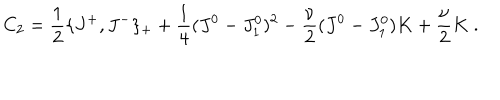
LaTeX: C _ { 2 } = { \frac { 1 } { 2 } } \{ J ^ { + } , J ^ { - } \} _ { + } + { \frac { 1 } { 4 } } ( J ^ { 0 } - J _ { 1 } ^ { 0 } ) ^ { 2 } - { \frac { \nu } { 2 } } ( J ^ { 0 } - J _ { 1 } ^ { 0 } ) K + { \frac { \nu } { 2 } } K \ .